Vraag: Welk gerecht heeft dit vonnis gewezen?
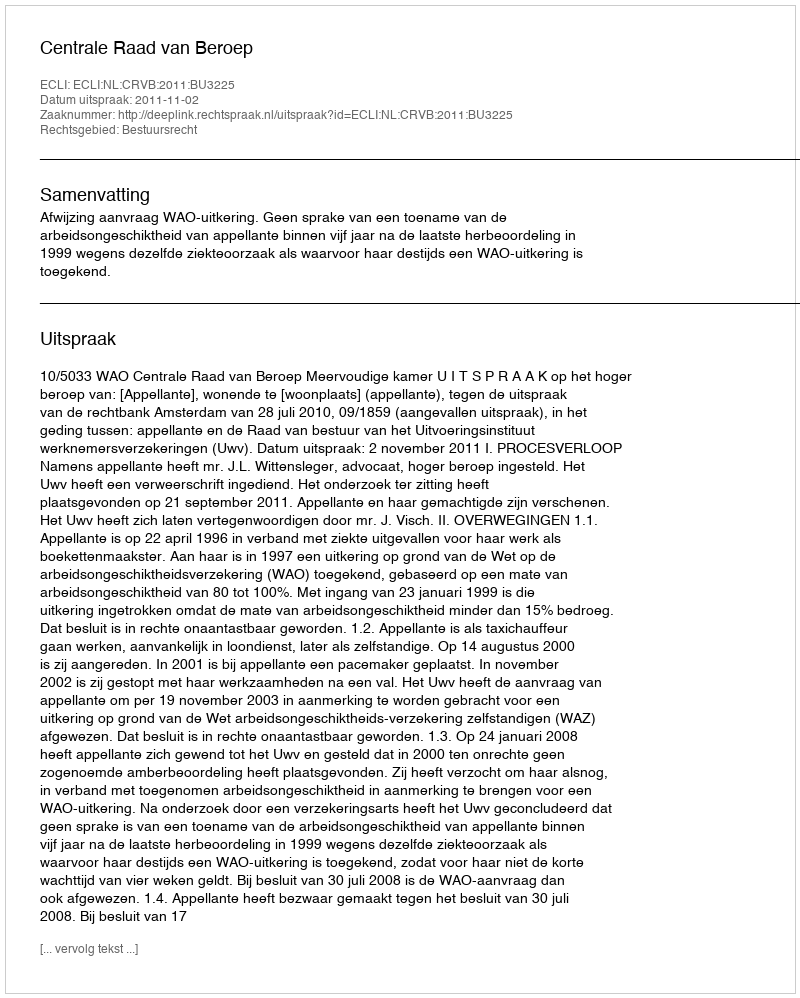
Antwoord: Centrale Raad van Beroep